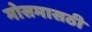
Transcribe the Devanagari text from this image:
मोसमासठी